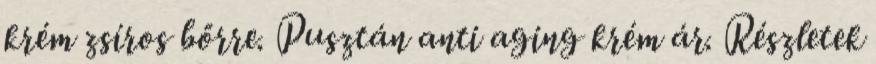
krém zsíros bőrre. Pusztán anti aging krém ár. Részletek